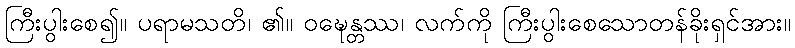
ကြီးပွါးစေ၍။ ပရာမသတိ၊ ၏။ ဝဍ္ဎေန္တဿ၊ လက်ကို ကြီးပွါးစေသောတန်ခိုးရှင်အား။